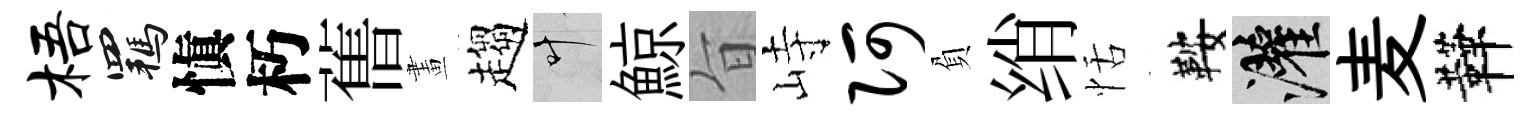
梧羈愼朽𦾔畫趨叶鯨旨峙阿負绡恬鞍灌麦鞾